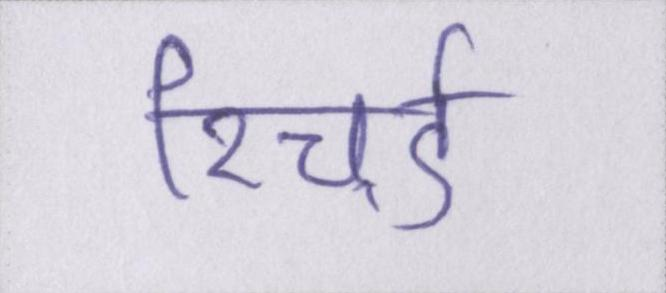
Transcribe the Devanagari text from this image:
रिचर्ड